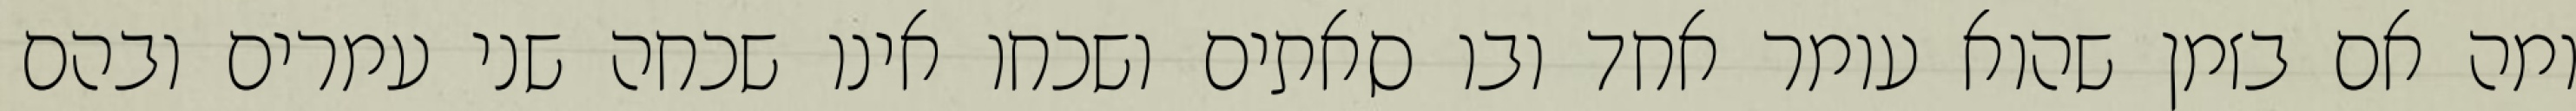
ומה אם בזמן שהוא עומר אחד ובו סאתים ושכחו אינו שכחה שני עמרים ובהם